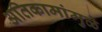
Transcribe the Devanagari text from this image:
अतिकामांमुळे